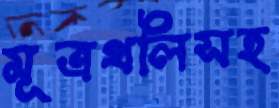
মূত্রথলিসহ